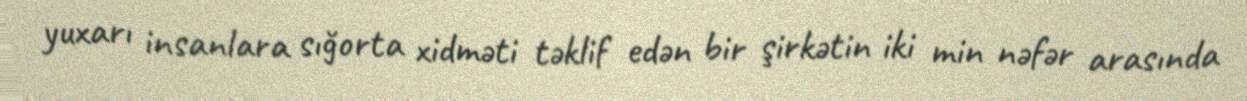
yuxarı insanlara sığorta xidməti təklif edən bir şirkətin iki min nəfər arasında